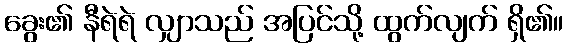
ခွေး၏ နီရဲရဲ လျှာသည် အပြင်သို့ ထွက်လျက် ရှိ၏။